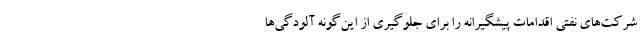
شرکت‌های نفتی اقدامات پیشگیرانه را برای جلوگیری از این‌گونه آلودگی‌ها